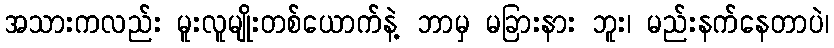
အသားကလည်း မူးလူမျိုးတစ်ယောက်နဲ့ ဘာမှ မခြားနား ဘူး၊ မည်းနက်နေတာပဲ၊